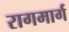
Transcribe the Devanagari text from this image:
रागमार्ग